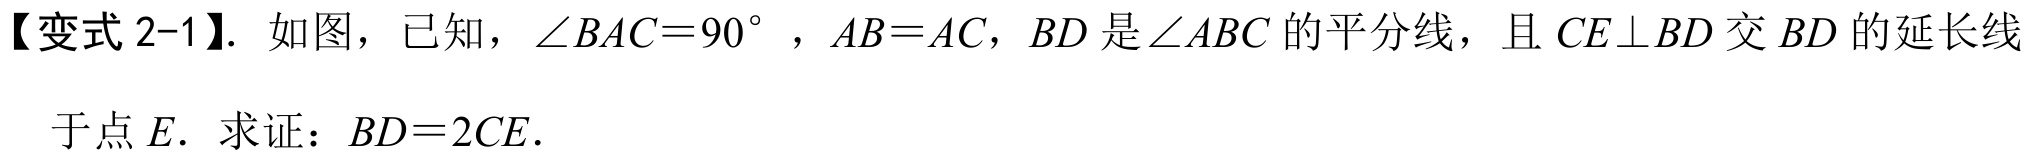
【变式 2-1】. 如图，已知，\(\angle BAC = 90^{\circ}\)，\(AB = AC\)，\(BD\)是\(\angle ABC\)的平分线，且\(CE\perp BD\)交\(BD\)的延长线于点\(E\). 求证：\(BD = 2CE\).